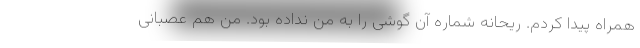
همراه پیدا کردم. ریحانه شماره آن گوشی را به من نداده بود. من هم عصبانی